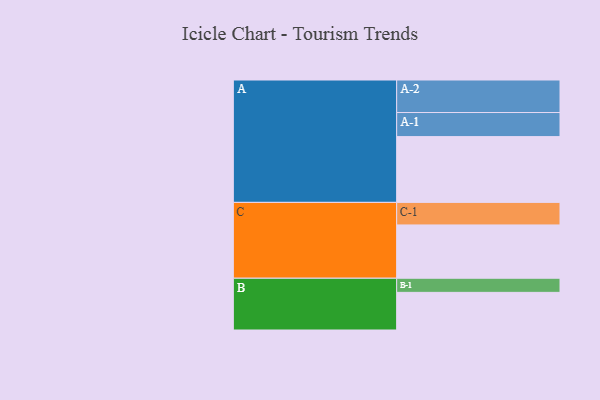
{"axis": {"x": "Segment", "y": "Value"}, "legend": ["", "A", "B", "C"], "data": [{"x": "A", "y": 554, "type": ""}, {"x": "B", "y": 317, "type": ""}, {"x": "C", "y": 449, "type": ""}, {"x": "A-1", "y": 203, "type": "A"}, {"x": "A-2", "y": 274, "type": "A"}, {"x": "B-1", "y": 119, "type": "B"}, {"x": "C-1", "y": 190, "type": "C"}]}